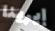
إيرينا